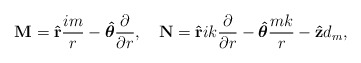
\begin{align*}{\bf M}={\bf \hat r}{im\over r}-\mbox{\boldmath{$\hat\theta$}}{\partial\over\partial r},\quad {\bf N}={\bf \hat r}ik{\partial\over\partial r}-\mbox{\boldmath{$\hat\theta$}}{mk\over r}-{\bf \hat z}d_m,\end{align*}